Civil Veterinary Department Bengal reports 1923-33 - 1923-1933
Year: 1923
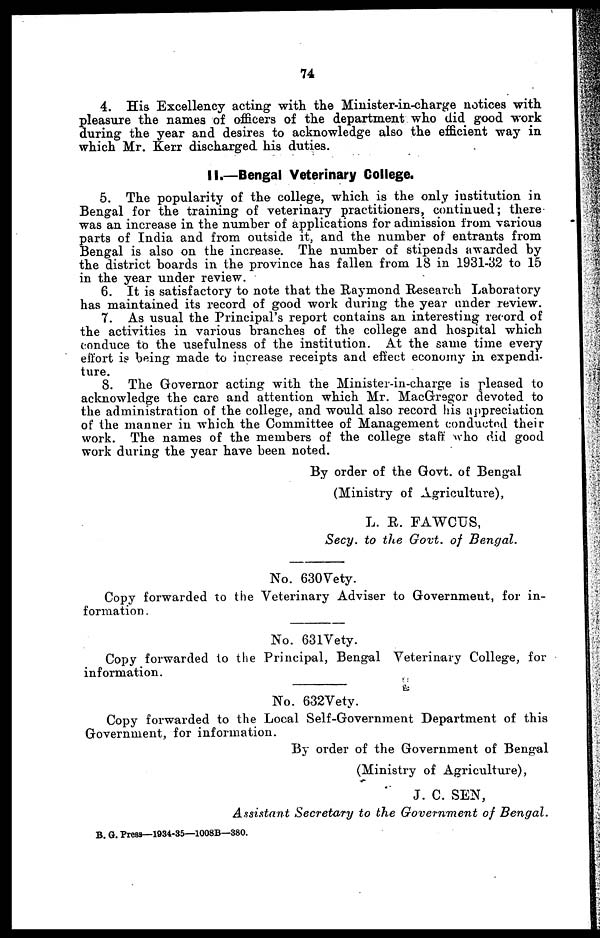
74
4. His Excellency acting with the Minister-in-charge notices with
pleasure the names of officers of the department who did good work
during the year and desires to acknowledge also the efficient way in
which Mr. Kerr discharged his duties.
II.—Bengal Veterinary College.
5. The popularity of the college, which is the only institution in
Bengal for the training of veterinary practitioners, continued; there
was an increase in the number of applications for admission from various
parts of India and from outside it, and the number of entrants from
Bengal is also on the increase. The number of stipends awarded by
the district boards in the province has fallen from 18 in 1931-32 to 15
in the year under review.
6. It is satisfactory to note that the Raymond Research Laboratory
has maintained its record of good work during the year under review.
7. As usual the Principal's report contains an interesting record of
the activities in various branches of the college and hospital which
conduce to the usefulness of the institution. At the same time every
effort i? being made to increase receipts and effect economy in expendi-
ture.
8. The Governor acting with the Minister-in-charge is pleased to
acknowledge the care and attention which Mr. MacGregor devoted to
the administration of the college, and would also record his appreciation
of the manner in which the Committee of Management conducted their
work. The names of the members of the college staff who did good
work during the year have been noted.
By order of the Govt. of Bengal
(Ministry of Agriculture),
L. R. FAWCUS,
Secy. to the Govt. of Bengal.
No. 630Vety.
Copy forwarded to the Veterinary Adviser to Government, for in-
formation.
No. 631Vety.
Copy forwarded to the Principal, Bengal Veterinary College, for
information.
No. 632Vety.
Copy forwarded to the Local Self-Government Department of this
Government, for information.
By order of the Government of Bengal
(Ministry of Agriculture),
J. C. SEN,
Assistant Secretary to the Government of Bengal.
B. G. Press—1934-35—1008B—380.